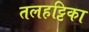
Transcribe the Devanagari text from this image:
तलहट्टिका